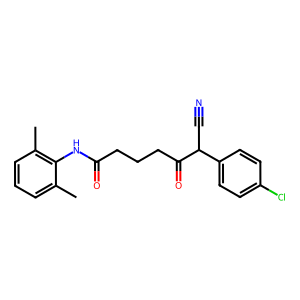
SMILES: Cc1cccc(C)c1NC(=O)CCCC(=O)C(C#N)c1ccc(Cl)cc1
Inhibits HIV replication: No